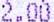
2.00